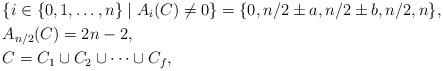
LaTeX: \begin{align*}&\{i \in \{0,1,\ldots,n\} \mid A_i(C) \ne 0\}=\{0,n/2 \pm a,n/2 \pm b,n/2,n\},\\&A_{n/2}(C)=2n-2, \\&C=C_1 \cup C_2 \cup \cdots\cup C_f,\end{align*}